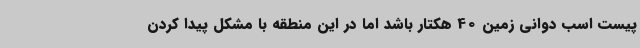
پیست اسب دوانی زمین 40 هکتار باشد اما در این منطقه با مشکل پیدا کردن